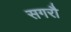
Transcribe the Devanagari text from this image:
सगरौ